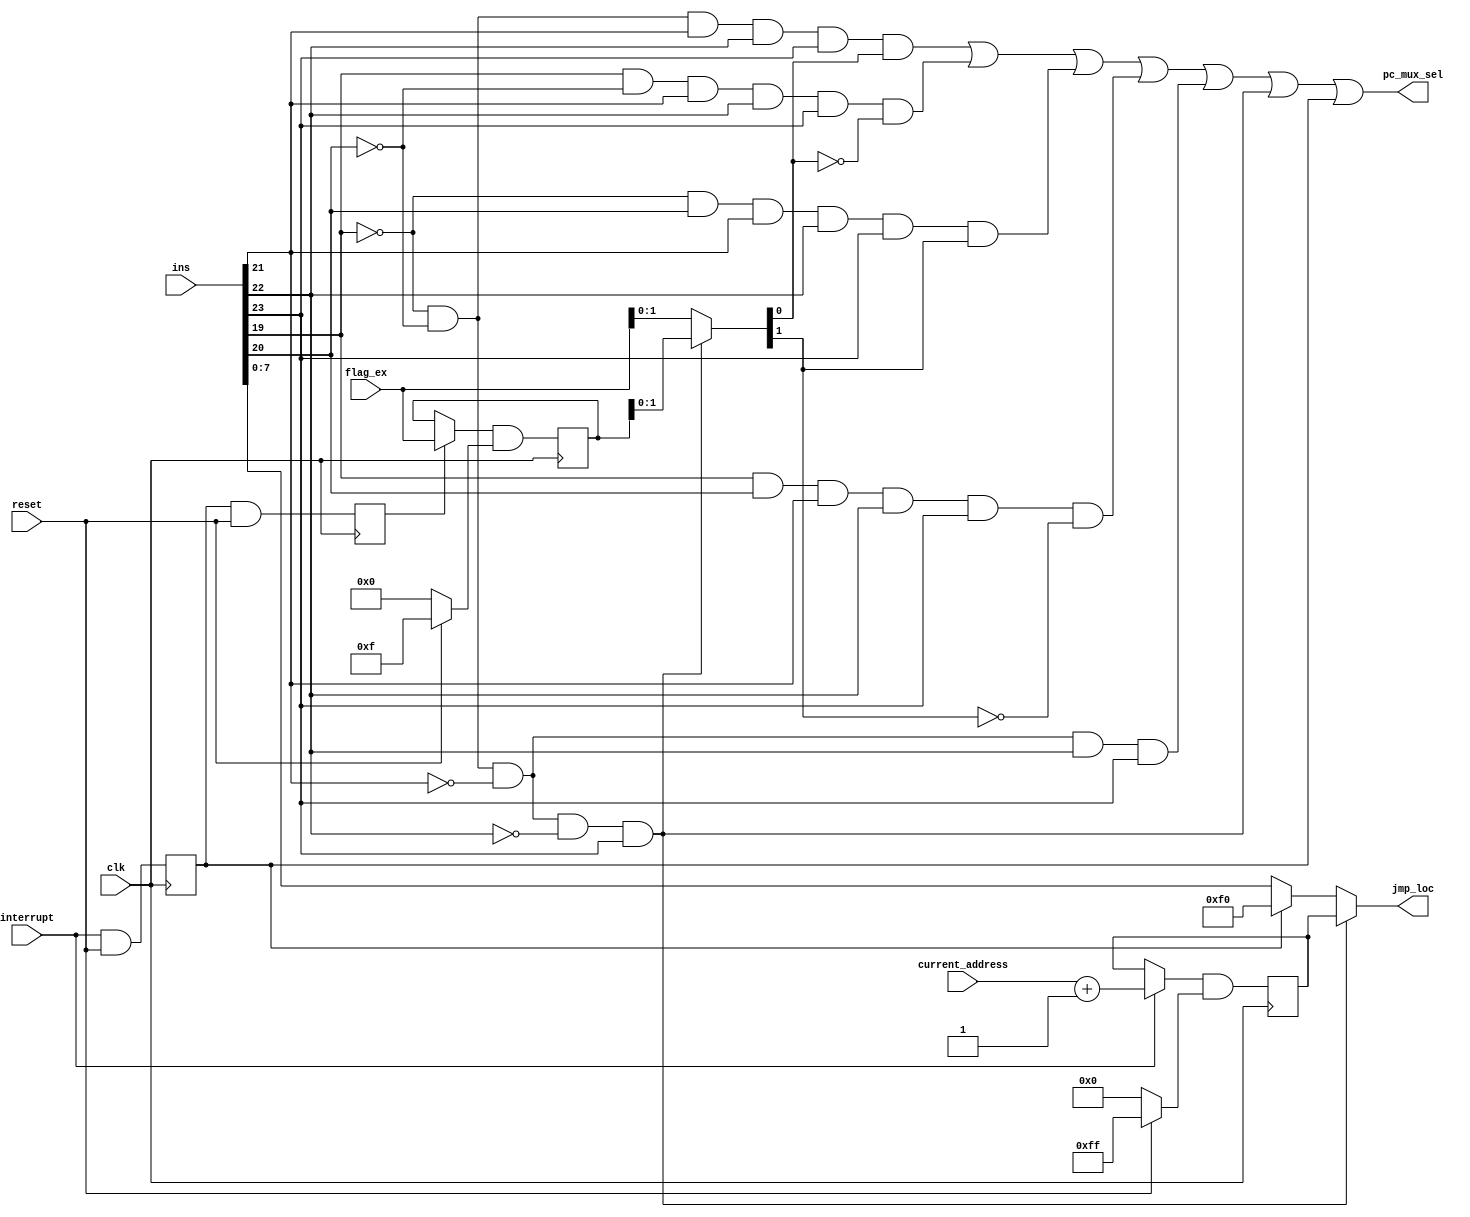
`timescale 1ns / 1ps
//////////////////////////////////////////////////////////////////////////////////
// Company: 
// Engineer: 
// 
// Design Name: 
// Module Name:    Jump_Control_Block 
// Project Name: 
// Target Devices: 
// Tool versions: 
// Description: 
//
// Dependencies: 
//
// Revision: 
// Revision 0.01 - File Created
// Additional Comments: 
//
//////////////////////////////////////////////////////////////////////////////////
module Jump_Control_Block(jmp_loc, pc_mux_sel, ins, current_address, flag_ex, interrupt, clk, reset);

input [23:0]ins;
input [7:0]current_address;
input [3:0]flag_ex;
input interrupt,clk,reset;

output [7:0]jmp_loc;
output pc_mux_sel;

wire JC, JNC, JZ, JNZ, JMP, RET;//and gate variables
reg Q1, Q2;//Ouput of two 1 bit D-Flip Flop
reg [3:0]Q3;//Ouput of 4 bits D-Flip Flop
reg [7:0]Q4;//Ouput of 8 bits D-Flip Flop
wire temp1,temp2;//for two 1 bit D-Flip Flop
wire [3:0]temp5, temp3;//for 4 bits D-Flip Flop
wire [3:0]mux1, mux2;//for two 4 bits mux
wire [7:0]temp6, temp4;//for 8 bits D-Flip Flop
wire [7:0]program_counter;
wire [7:0]mux3, mux4;//for two 8 bits mux
wire a5, a6, a7, a8;//and gate variables

and jc(JC, ~ins[19], ~ins[20], ins[21], ins[22], ins[23]);//Jump if carry
and jnc(JNC, ins[19], ~ins[20], ins[21], ins[22], ins[23]);//Jump if not carry
and jz(JZ, ~ins[19], ins[20], ins[21], ins[22], ins[23]);//Jump if zero
and jnz(JNZ, ins[19], ins[20], ins[21], ins[22], ins[23]);//Jump if not zero
and jmp(JMP, ~ins[19], ~ins[20], ~ins[21], ins[22], ins[23]);//Unconditional jump
and ret(RET, ~ins[19], ~ins[20], ~ins[21], ~ins[22], ins[23]);//return

//1 bit D-FlipFlop
and a1(temp1, interrupt, reset);
always @(posedge clk)
	Q1<=temp1;

and a2(temp2, Q1, reset);
always @(posedge clk)
	Q2<=temp2;

//4 bits D-FlipFlop
assign temp3 = (reset == 1'b1) ? ~(4'b0): (4'b0);  
assign temp5 = mux1 & temp3;
always @(posedge clk)
	Q3<=temp5;

//8 bits D-FlipFlop
assign temp4 = (reset == 1'b1) ? ~(8'b0): (8'b0) ;
assign temp6 = mux3 & temp4;
always @(posedge clk)
	Q4<=temp6;

//1 bit mux
assign mux1 = (Q2 == 1'b0) ? Q3 : flag_ex;
assign mux2 = (RET == 1'b0) ? flag_ex : Q3;

assign program_counter = current_address + 8'b00000001;

//8 bits mux
assign mux3 = (interrupt == 1'b0) ? Q4 : program_counter;

assign mux4 = (Q1 == 1'b0) ? ins[7:0] : 8'hf0;
assign jmp_loc = (RET == 1'b0) ? mux4 : Q4;

//for pc_mux_sel
and A5(a5, JC, mux2[0]);
and A6(a6, JNC, ~mux2[0]);
and A7(a7, JZ, mux2[1]);
and A8(a8, JNZ, ~mux2[1]);

or pc(pc_mux_sel, a5, a6, a7, a8, JMP, RET, Q1);

endmodule